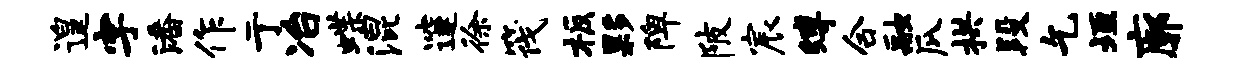
遑字潘作亍冶蝶混邃徐筏板夥陴陂宸缚合融瓜拱段乞垣廓